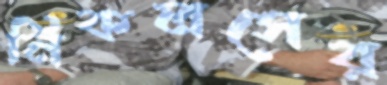
নিকলসের